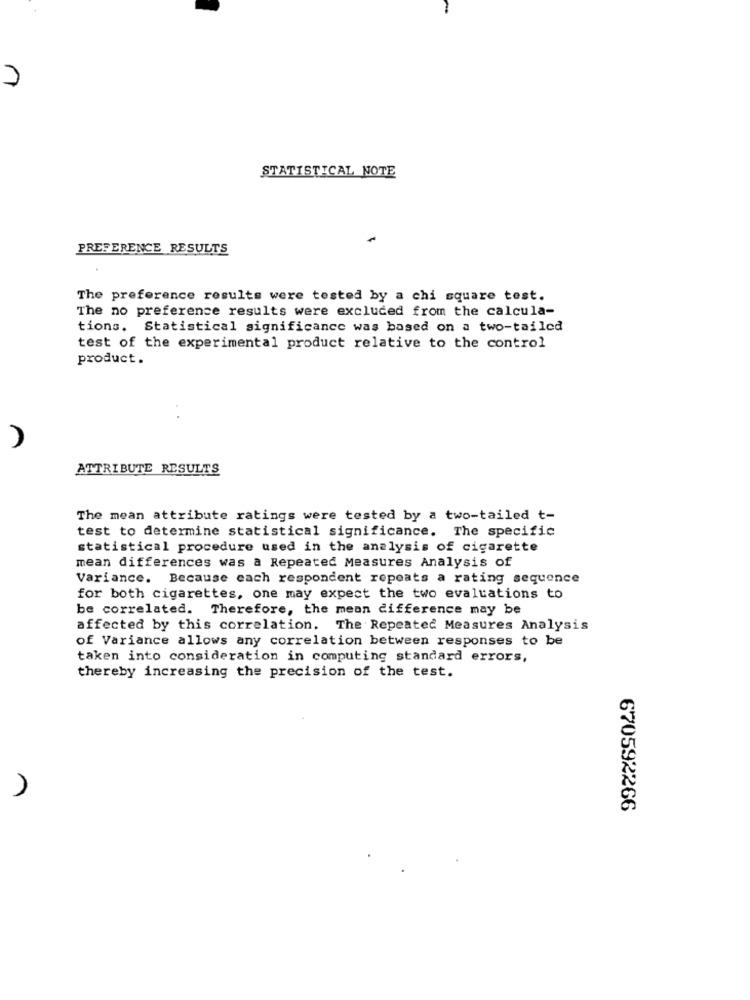
7
STATISTICAL NOTE
PREFERENCE RESULTS
The preference results were tested by a chi square test.
The no preference results were excluded from the calcula-
tions. Statistical significance was based on a two-tailed
test of the experimental product relative to the control
product.
ATTRIBUTE RESULTS
The mean attribute ratings were tested by a two-tailed t-
test to determine statistical significance. The specific
statistical procedure used in the analysis of cigarette
mean differences was a Repeated Measures Analysis of
Variance. Because each respondent repeats a rating sequence
for both cigarettes, one may expect the two evaluations to
be correlated. Therefore, the mean difference may be
affected by this correlation. The Repeated Measures Analysis
of Variance allows any correlation between responses to be
taken into consideration in computing standard errors,
thereby increasing the precision of the test.
670592266